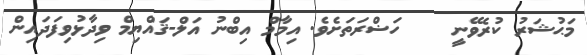
މަޙުޝަރު ކުރެވޭނީ    ހަޟްރަތަށެވެ. އިމާމް އިބްނު އަލް-ޤައްޔިމް ވިދާޅުވިފަދައިން